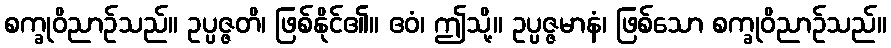
စက္ခုဝိညာဉ်သည်။ ဥပ္ပဇ္ဇတိ၊ ဖြစ်နိုင်၏။ ဧဝံ၊ ဤသို့။ ဥပ္ပဇ္ဇမာနံ၊ ဖြစ်သော စက္ခုဝိညာဉ်သည်။